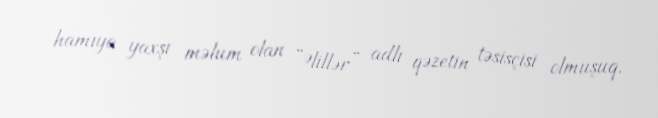
hamıya yaxşı məlum olan “Əlillər” adlı qəzetin təsisçisi olmuşuq.